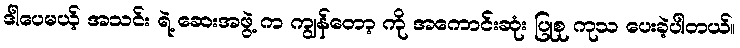
ဒါပေမယ့် အသင်း ရဲ့ ဆေးအဖွဲ့ က ကျွန်တော့ ကို အကောင်းဆုံး ပြုစု ကုသ ပေးခဲ့ပါတယ်။